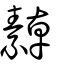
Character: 繛